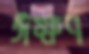
ঈক্ষণ